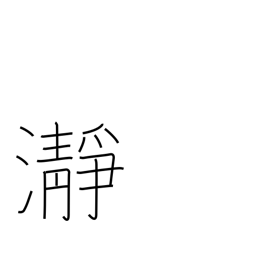
Meaning: clear water